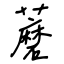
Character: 蘑